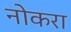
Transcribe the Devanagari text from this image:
नोकरा